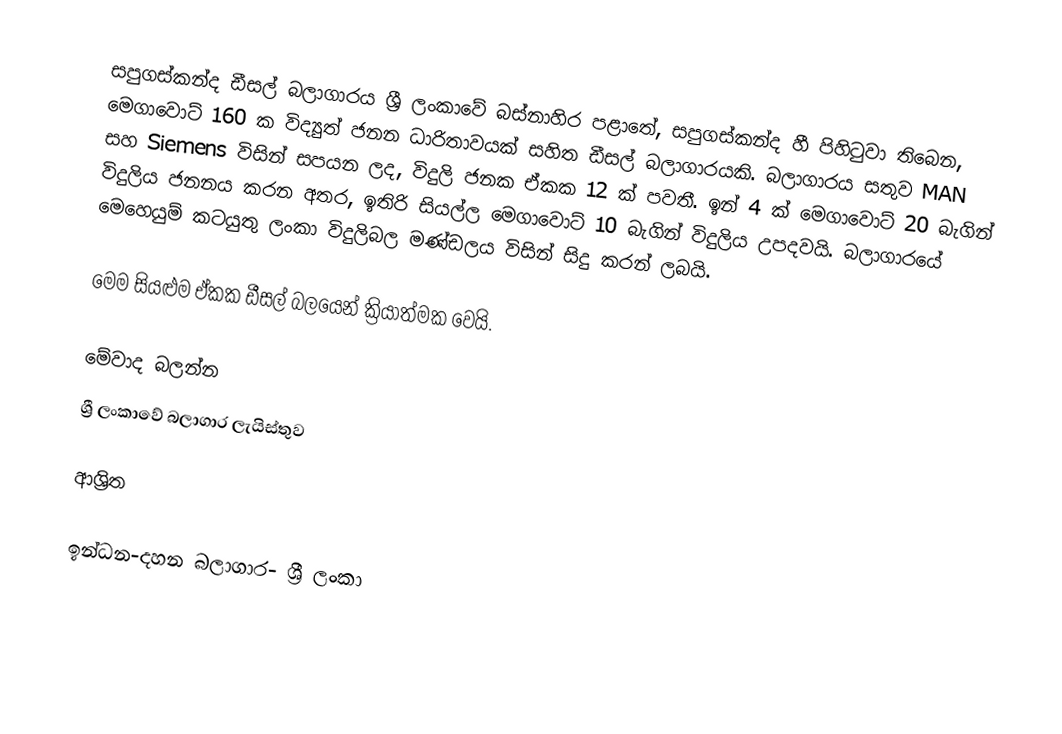
සපුගස්කන්ද ඩීසල් බලාගාරය  ශ්‍රී ලංකාවේ බස්නාහිර පළාතේ,  සපුගස්කන්ද හී පිහිටුවා තිබෙන, මෙගාවොට් 160 ක විද්‍යුත් ජනන ධාරිතාවයක් සහිත ඩීසල් බලාගාරයකි. බලාගාරය සතුව MAN සහ Siemens විසින් සපයන ලද, විදුලි ජනක ඒකක 12 ක් පවතී. ඉන් 4 ක් මෙගාවොට් 20 බැගින් විදුලිය ජනනය කරන අතර, ඉතිරි සියල්ල මෙගාවොට් 10 බැගින් විදුලිය උපදවයි. බලාගාරයේ මෙහෙයුම් කටයුතු ලංකා විදුලිබල මණ්ඩලය විසින් සිදු කරන් ලබයි.

මෙම සියළුම ඒකක ඩීසල් බලයෙන් ක්‍රියාත්මක වෙයි.

මේවාද බලන්න
 ශ්‍රී ලංකාවේ බලාගාර ලැයිස්තුව

ආශ්‍රිත

ඉන්ධන-දහන බලාගාර- ශ්‍රී ලංකා